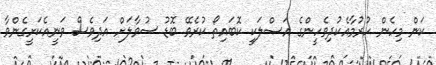
ކަން މިހެން ހުރުމާއެކުދިވެހީންގެ އަޞްލަކީ ކޮބައިތޯ ކުރެވޭ ބޮޑު ސުވާލަށް އަދިވެސް ވަނީއެކަށީގެންވާ